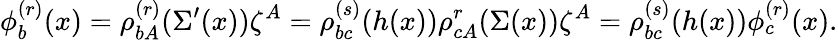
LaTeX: \phi_{b}^{(r)}(x)=\rho_{bA}^{(r)}(\Sigma^{\prime}(x))\zeta^{A}=\rho_{bc}^{(s)}(h(x))\rho_{cA}^{r}(\Sigma(x))\zeta^{A}=\rho_{bc}^{(s)}(h(x))\phi_{c}^{(r)}(x).